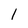
Character: l